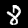
Digit: 8